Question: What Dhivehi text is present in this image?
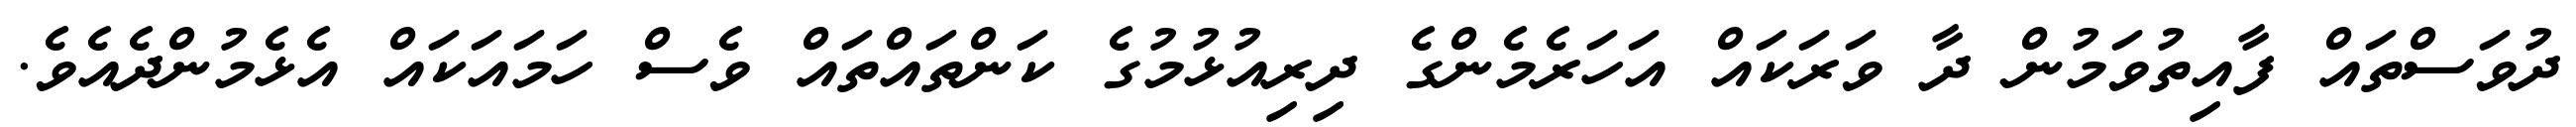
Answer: ދުވަސްތައް ފާއިތުވަމުން ދާ ވަރަކައް އަހަރެމެންގެ ދިރިއުޅުމުގެ ކަންތައްތައް ވެސް ހަމައަކައް އެޅެމުންދެއެވެ.